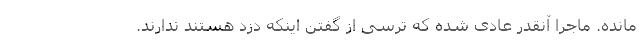
مانده. ماجرا آنقدر عادی شده که ترسی از گفتن اینکه دزد هستند ندارند.